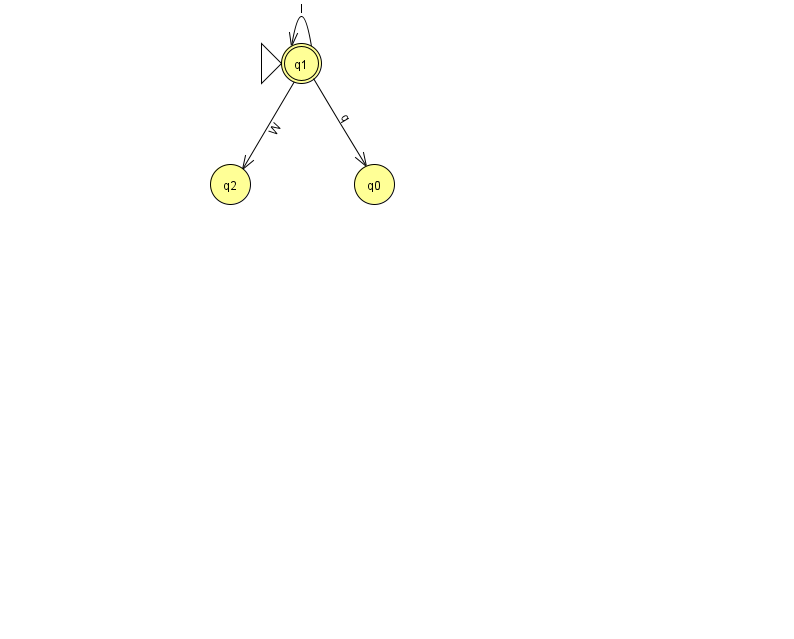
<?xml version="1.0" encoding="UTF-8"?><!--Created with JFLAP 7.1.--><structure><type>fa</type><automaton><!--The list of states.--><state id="0" name="q0"><x>374.0</x><y>171.0</y></state><state id="1" name="q1"><x>301.0</x><y>50.0</y><initial/><final/></state><state id="2" name="q2"><x>230.0</x><y>171.0</y></state><!--The list of transitions.--><transition><from>1</from><to>1</to><read>I</read></transition><transition><from>1</from><to>0</to><read>q</read></transition><transition><from>1</from><to>2</to><read>W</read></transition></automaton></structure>